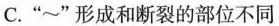
C.”~”形成和断裂的部位不同